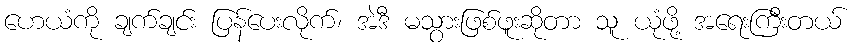
ဟေယံကို ချက်ချင်း ပြန်ပေးလိုက်၊ အဲဒီ မသွားဖြစ်ဖူးဆိုတာ သူ ယုံဖို့ အရေးကြီးတယ်